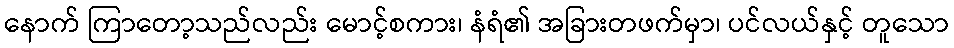
နောက် ကြာတော့သည်လည်း မောင့်စကား၊ နံရံ၏ အခြားတဖက်မှာ၊ ပင်လယ်နှင့် တူသော